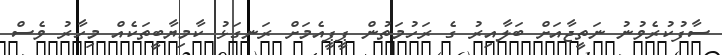
ސާފުކުރެވުނު ނަތީޖާއަށް ބަލާއިރު ގެ ރަހުމަތުން ޕީޕީއެމަށް ރަނގަޅު ކާމިޔާބީތަކެއް މިހާރު ވެސް